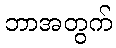
ဘာအတွက်